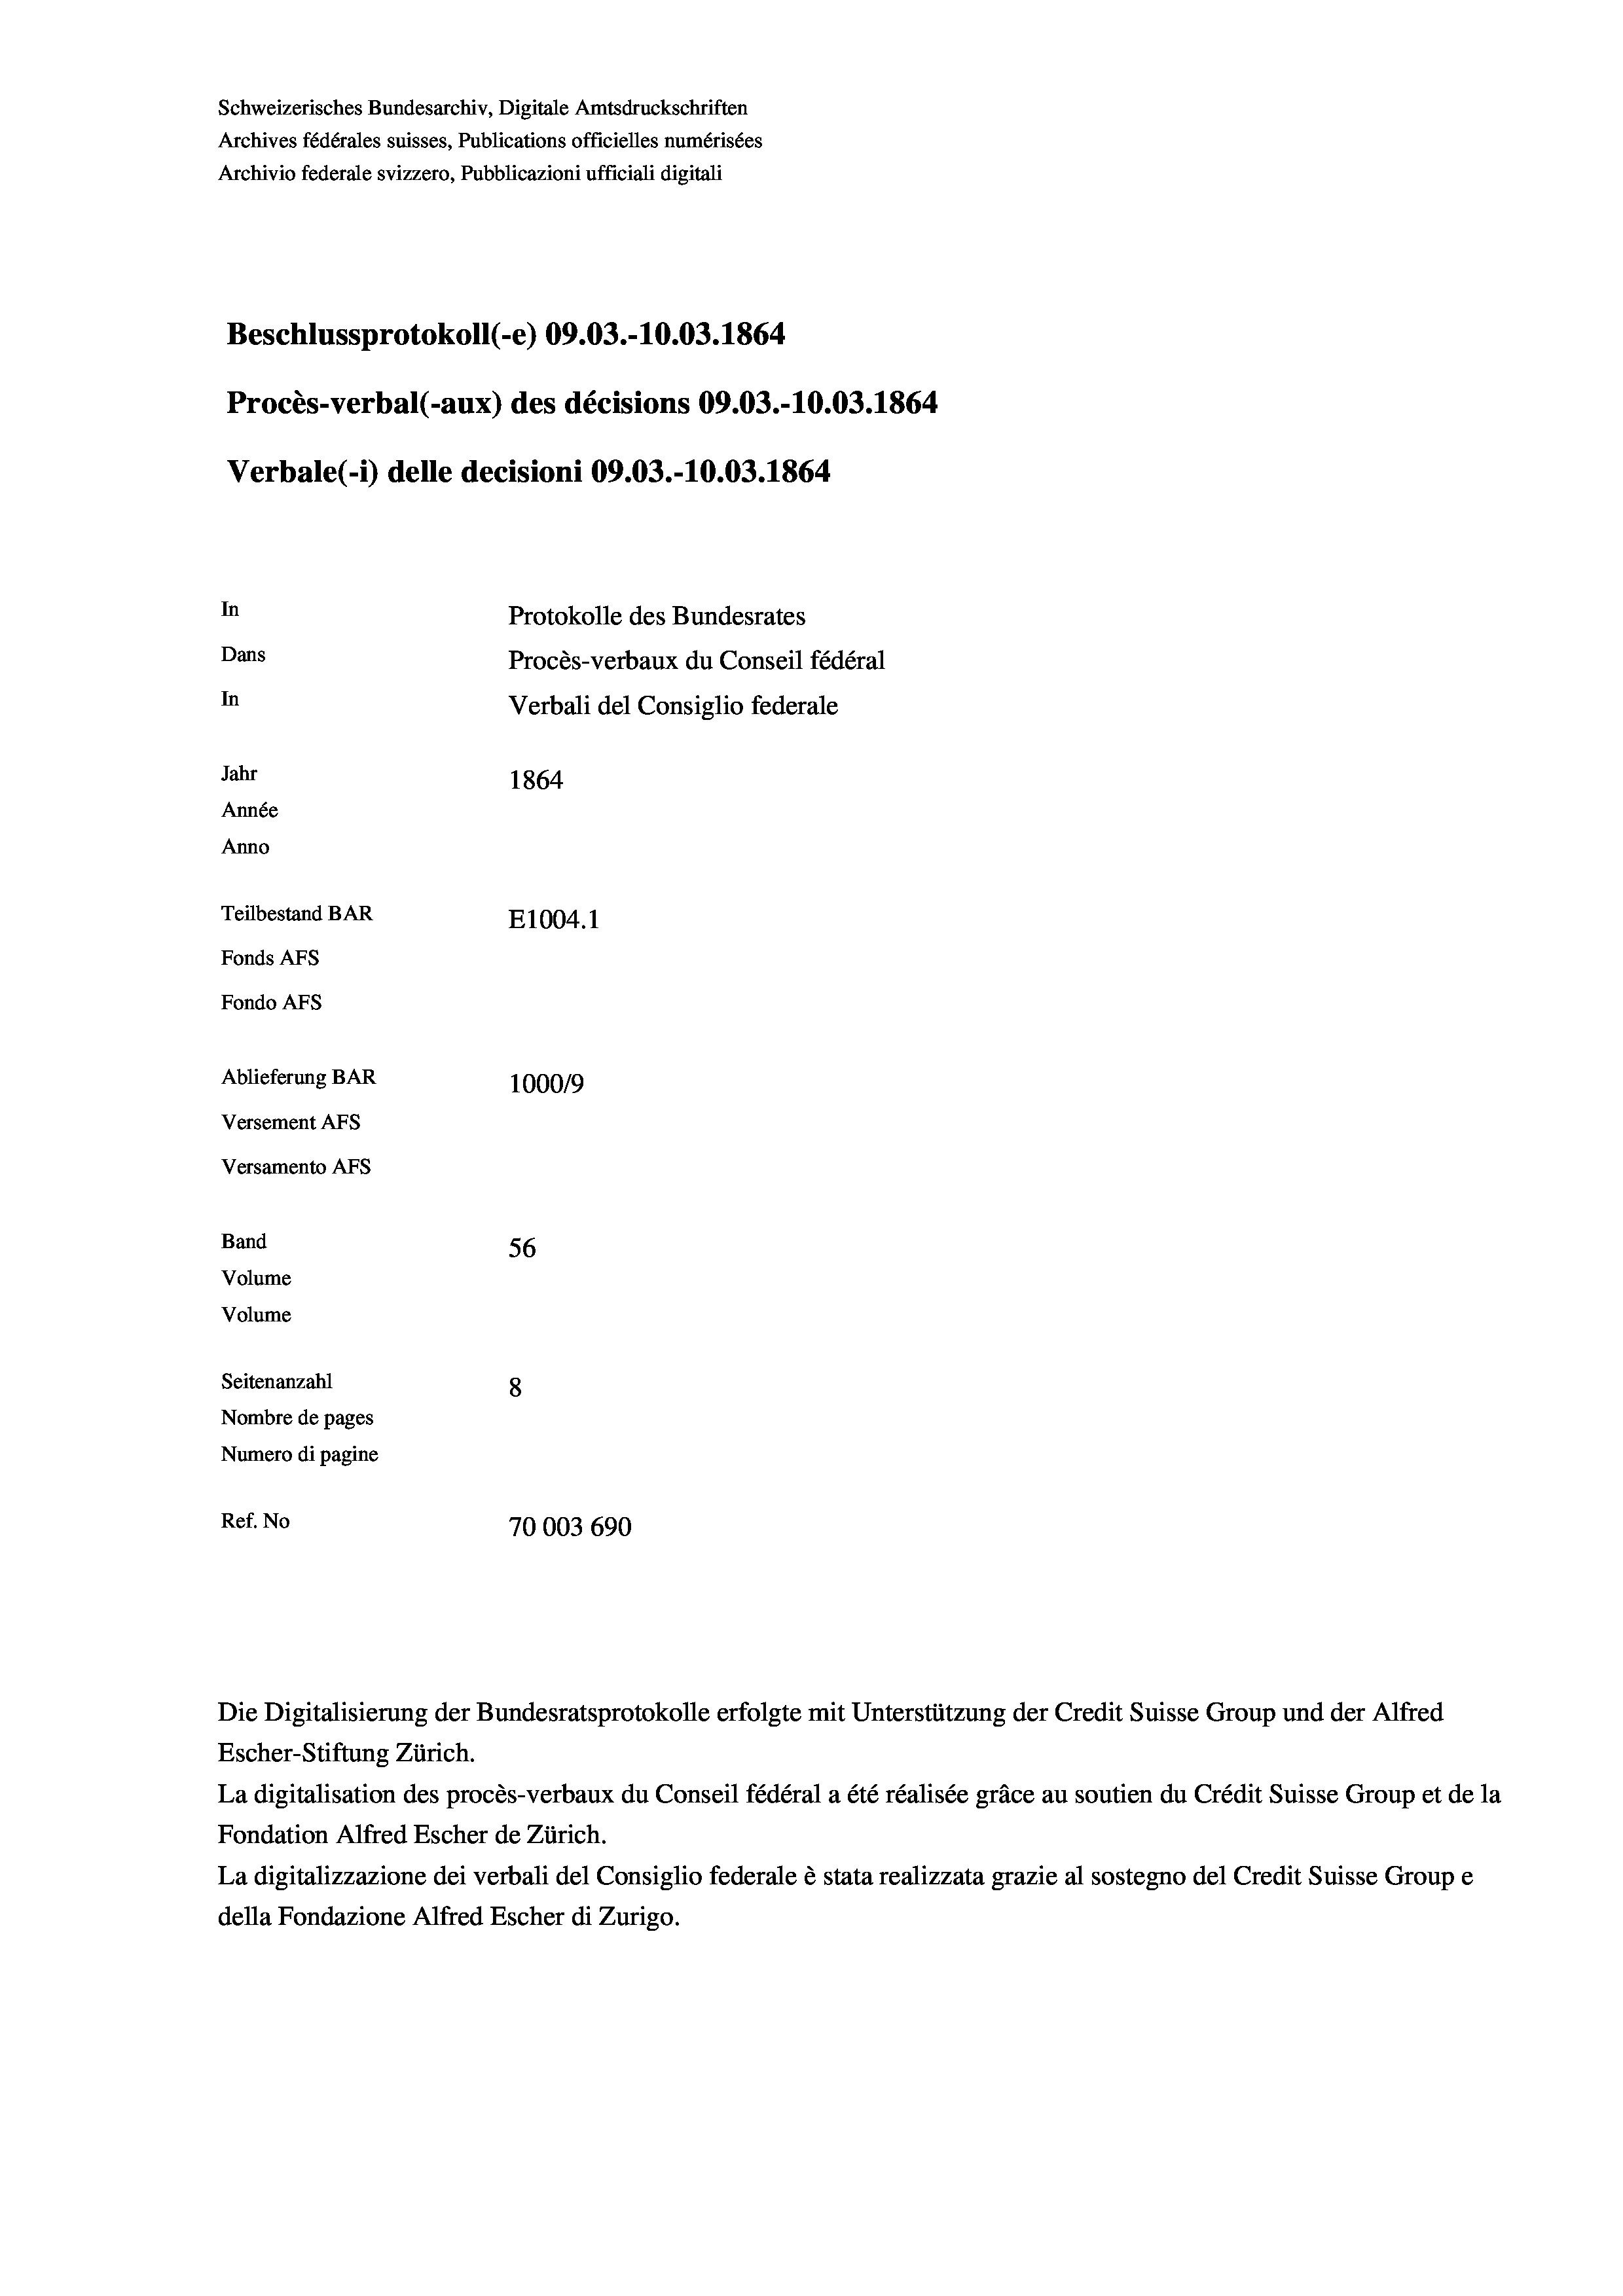
Schweizerisches Bundesarchiv, Digitale Amtsdruckschriften
Archives fédérales suisses, Publications officielles numérisées
Archivio federale svizzero, Pubblicazioni ufficiali digitali
Beschlussprotokoll (-e) 09.03.-10.03. 1864
Procès-verbal (-aux) des décisions 09.03.-10.03. 1864
Verbale(-*) delle decisioni 09.03.-10.03. 1864
In
Protokolle des Bundesrates
Dans
Procès-verbaux du Conseil fédéral
In
Verbali del Consiglio federale
Jahr
1864
Année
Anno
Teilbestand BAR
E1004.1
Fonds AFs
Fondo AFS

56
Seitenanzahl
8
Nombre de pages
Numero di pagine
Ref. No
70003 690

Ablieferung BAR
Versement As
Versamento Afs
Band
Volume
Volume

100019

La digitalisation des procès-verbaux du Conseil fédéral a été réalisée gräce au soutien du Crédit Suisse Group et de la
Fondation Alfred Escher de Zürich.
La digitalizzazione dei verbali del Consiglio federale è stata realizzata grazie al sostegno del Credit Suisse Groupe
della Fondazione Alfred Escher di Zurigo.

Die Digitalisierung der Bundesratsprotokolle erfolgte mit Unterstützung der Credit Suisse Group und der Alfred
Escher-Stiftung Zürich.